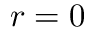
r = 0